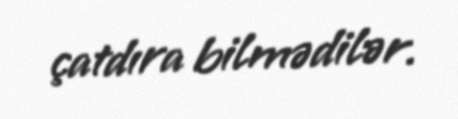
çatdıra bilmədilər.